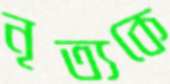
নৃত্যকে